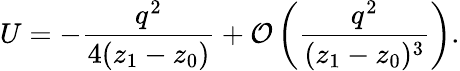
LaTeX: U=-\frac{q^{2}}{4(z_{1}-z_{0})}+\mathcal{O}\left(\frac{q^{2}}{(z_{1}-z_{0})^{3}}\right).